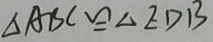
\Delta A B C \cong \Delta E D B